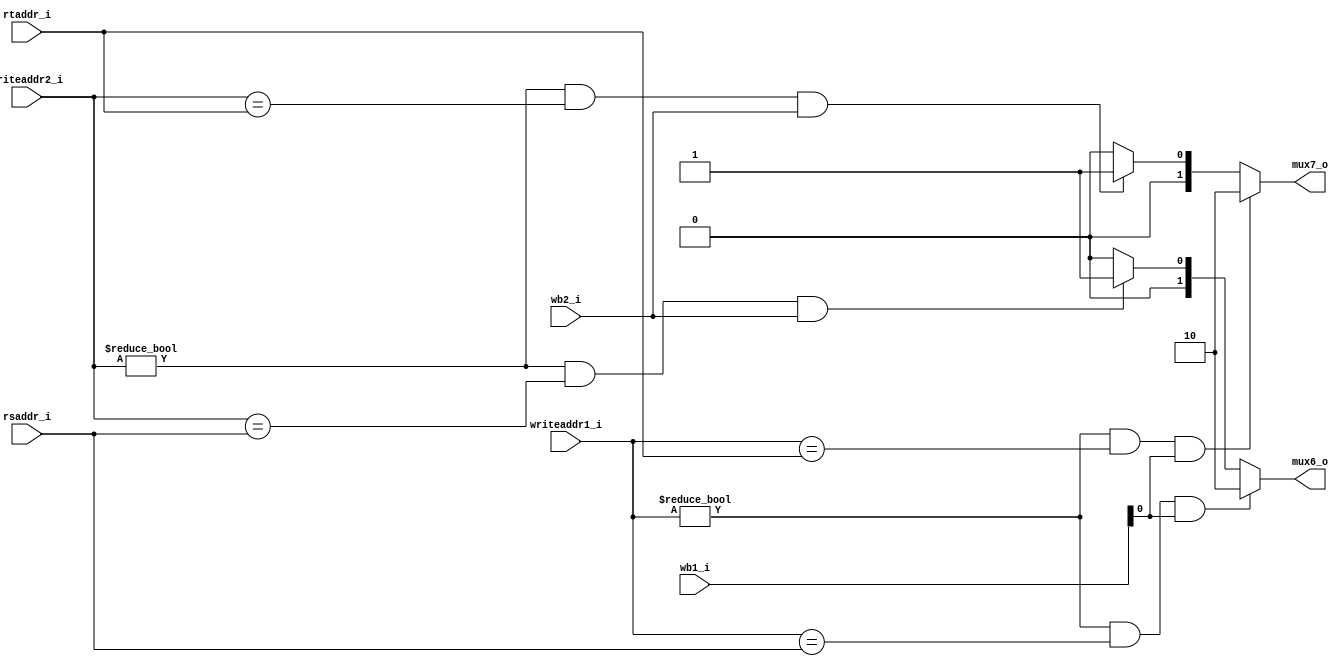
module FU
(
	rsaddr_i,
	rtaddr_i,
	writeaddr1_i, //EX_MEM.writeaddr
	writeaddr2_i, //MEM_WB.writeaddr
	wb1_i,
	wb2_i,
	mux6_o,
	mux7_o
);

input	[4:0]	rsaddr_i, rtaddr_i, writeaddr1_i, writeaddr2_i;
input	[1:0]	wb1_i;
input			wb2_i;
output	[1:0]	mux6_o, mux7_o;

reg [1:0] mux6ctrl, mux7ctrl;

assign mux6_o = mux6ctrl;
assign mux7_o = mux7ctrl;



always @ (*)
begin
	if ((writeaddr1_i != 5'b0) & (writeaddr1_i == rsaddr_i) & (wb1_i[0] == 1'b1))
		mux6ctrl = 2'b10;
	
	else if ((writeaddr2_i != 5'b0) & (writeaddr2_i == rsaddr_i) & (wb2_i == 1'b1))
		mux6ctrl = 2'b01;
	else 
		begin
		mux6ctrl = 2'b00;
		end

	if ((writeaddr1_i != 5'b0) & (writeaddr1_i == rtaddr_i) & (wb1_i[0	] == 1'b1))
		mux7ctrl = 2'b10;
	else if ((writeaddr2_i != 5'b0) & (writeaddr2_i == rtaddr_i) & (wb2_i == 1'b1))
		mux7ctrl = 2'b01;
	else
		begin
		mux7ctrl = 2'b00;
		end
end

endmodule